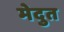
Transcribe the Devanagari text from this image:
मेदुत